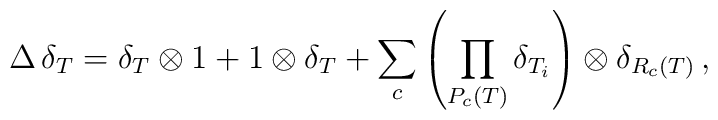
\Delta \, \delta_T = \delta_T \otimes 1 + 1 \otimes \delta_T +\sum_c \left( \prod_{P_c (T)} \delta_{T_i} \right) \otimes\delta_{R_c (T)} \, ,